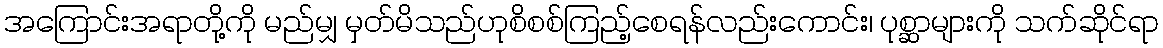
အကြောင်းအရာတို့ကို မည်မျှ မှတ်မိသည်ဟုစိစစ်ကြည့်စေရန်လည်းကောင်း၊ ပုစ္ဆာများကို သက်ဆိုင်ရာ